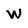
Character: W